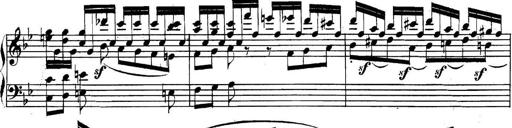
Title: Collected Piano Sonatas
Composer: Muzio Clementi